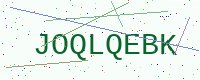
Text: JOQLQEBK